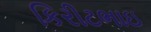
કિરીટભાઇ